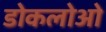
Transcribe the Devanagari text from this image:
डोकलोओ